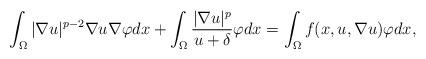
LaTeX: \begin{align*}\int_{\Omega }|\nabla u|^{p-2}\nabla u\nabla \varphi dx+\int_{\Omega }\frac{|\nabla u|^{p}}{u+\delta }\varphi dx=\int_{\Omega }f(x,u,\nabla u)\varphi dx, \end{align*}